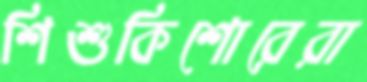
শিশুকিশোরেরা